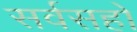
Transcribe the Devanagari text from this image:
सर्वसहो